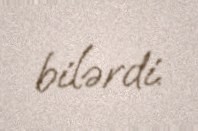
bilərdi.